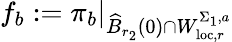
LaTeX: f_{b}:=\left.\pi_{b}\right\vert_{\widehat{B}_{r_{2}}(0)\cap W_{\mathrm{loc},r}^{\Sigma_{1},a}}